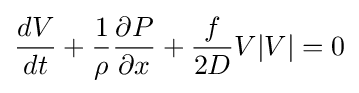
{\frac {dV}{dt}}+{\frac {1}{\rho }}{\frac {\partial P}{\partial x}}+{\frac {f}{2D}}V|V|=0